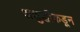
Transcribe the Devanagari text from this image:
अशुद्धीकडून